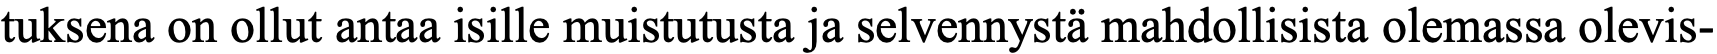
tuksena on ollut antaa isille muistutusta ja selvennystä mahdollisista olemassa olevis-